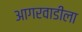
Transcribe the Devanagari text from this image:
आगरवाडीला